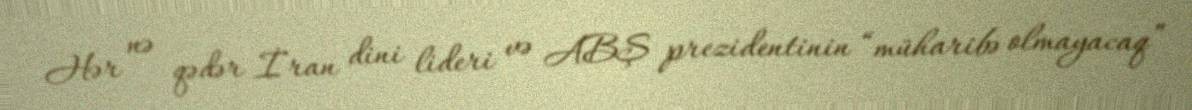
Hər nə qədər İran dini lideri və ABŞ prezidentinin “müharibə olmayacaq”